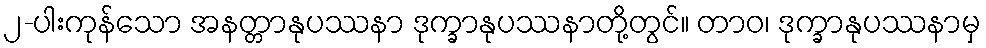
၂-ပါးကုန်သော အနတ္တာနုပဿနာ ဒုက္ခာနုပဿနာတို့တွင်။ တာဝ၊ ဒုက္ခာနုပဿနာမှ